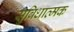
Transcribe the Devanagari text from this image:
सुविधात्मक